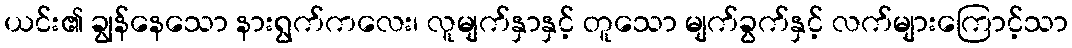
ယင်း၏ ချွန်နေသော နားရွက်ကလေး၊ လူမျက်နှာနှင့် တူသော မျက်ခွက်နှင့် လက်များကြောင့်သာ